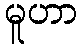
မူဟာ